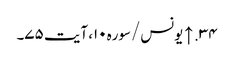
۳۴. ↑ یونس/سوره۱۰، آیت ۷۵۔